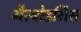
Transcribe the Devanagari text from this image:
गैस्ट्रोडर्मिस